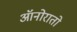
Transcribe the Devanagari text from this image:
ऑनोरातो